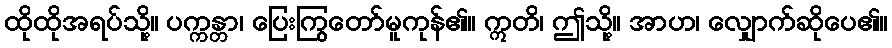
ထိုထိုအရပ်သို့။ ပက္ကန္တာ၊ ပြေးကြွတော်မူကုန်၏။ ဣတိ၊ ဤသို့။ အာဟ၊ လျှောက်ဆိုပေ၏။